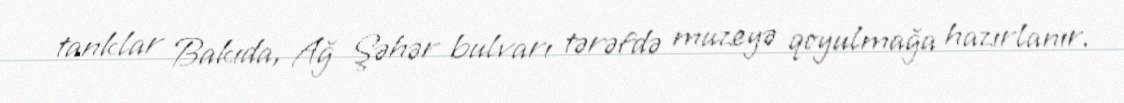
tanklar Bakıda, Ağ Şəhər bulvarı tərəfdə muzeyə qoyulmağa hazırlanır.